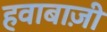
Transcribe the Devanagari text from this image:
हवाबाज़ी